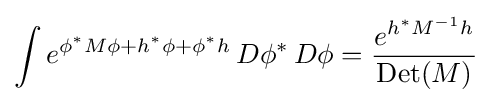
\int e^{\phi ^{*}M\phi +h^{*}\phi +\phi ^{*}h}\,D\phi ^{*}\,D\phi ={\frac {e^{h^{*}M^{-1}h}}{\mathrm {Det} (M)}}